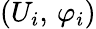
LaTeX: (U_{i},\, \varphi_{i})